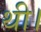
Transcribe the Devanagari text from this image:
थी।